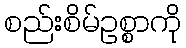
စည်းစိမ်ဥစ္စာကို